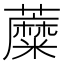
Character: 𧃲